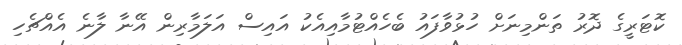
ކޮޓަރީގެ ދޮރު ތަންމިނަށް ހުޅުވާފައު ބެހެއްޓުމާއިއެކު އައިސް އަލަމާރިން އޭނާ ލާނެ އެއްޗެހި